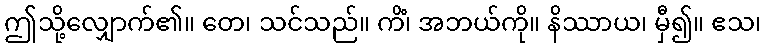
ဤသို့လျှောက်၏။ တေ၊ သင်သည်။ ကိံ၊ အဘယ်ကို။ နိဿာယ၊ မှီ၍။ ဧသ၊